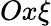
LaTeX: Ox\xi